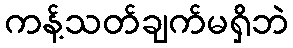
ကန့်သတ်ချက်မရှိဘဲ